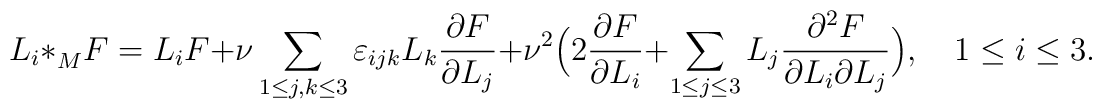
L_i\ast^{}_M F= L_i F +\nu\sum_{1\leq j,k \leq 3}\varepsilon_{ijk} L_k {\partial F \over\partial L_j }+ \nu^2 \Bigl( 2 {\partial F \over\partial L_i} +\sum_{1\leq j \leq 3}L_j {\partial^2 F \over\partial L_i \partial L_j }\Bigr), \quad 1\leq i\leq 3.